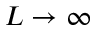
L \to \infty